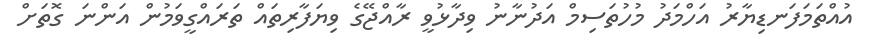
އުއްތަމަފަނޑިޔާރު އަހްމަދު މުހުތަސިމް އަދުނާނު ވިދާޅުވީ ރާއްޖޭގެ ވިޔަފާރިތައް ތަރައްގީވަމުން އަންނަ ގޮތަށް